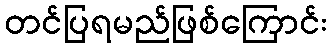
တင်ပြရမည်ဖြစ်ကြောင်း